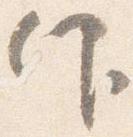
仰